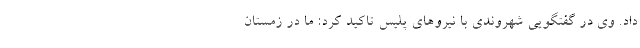
داد. وی در گفتگویی شهروندی با نیروهای پلیس تاکید کرد: ما در زمستان